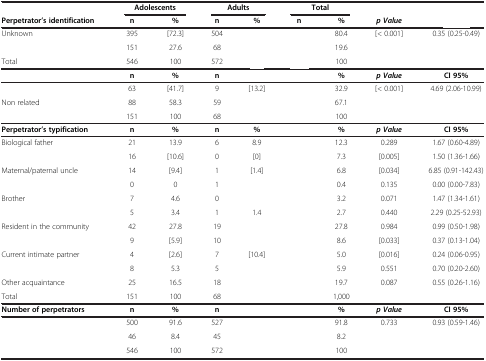
<table><thead><tr><td>[EMPTY_CELL]</td><td colspan="2"><b>Adolescents</b></td><td colspan="2"><b>Adults</b></td><td colspan="2"><b>Total</b></td><td>[EMPTY_CELL]</td><td>[EMPTY_CELL]</td></tr><tr><td><b>Perpetrator’s identification</b></td><td><b>n</b></td><td><b>%</b></td><td><b>n</b></td><td><b>%</b></td><td><b>n</b></td><td><b>%</b></td><td><b><i>p Value</i></b></td><td>[EMPTY_CELL]</td></tr></thead><tbody><tr><td>Unknown</td><td>395</td><td>[72.3]</td><td>504</td><td>[EMPTY_CELL]</td><td>[EMPTY_CELL]</td><td>80.4</td><td>[&lt; 0.001]</td><td>0.35 (0.25-0.49)</td></tr><tr><td>[EMPTY_CELL]</td><td>151</td><td>27.6</td><td>68</td><td>[EMPTY_CELL]</td><td>[EMPTY_CELL]</td><td>19.6</td><td>[EMPTY_CELL]</td><td>[EMPTY_CELL]</td></tr><tr><td>Total</td><td>546</td><td>100</td><td>572</td><td>[EMPTY_CELL]</td><td>[EMPTY_CELL]</td><td>100</td><td>[EMPTY_CELL]</td><td>[EMPTY_CELL]</td></tr><tr><td>[EMPTY_CELL]</td><td><b>n</b></td><td><b>%</b></td><td><b>n</b></td><td>[EMPTY_CELL]</td><td>[EMPTY_CELL]</td><td><b>%</b></td><td><b><i>p Value</i></b></td><td><b>CI 95%</b></td></tr><tr><td>[EMPTY_CELL]</td><td>63</td><td>[41.7]</td><td>9</td><td>[13.2]</td><td>[EMPTY_CELL]</td><td>32.9</td><td>[&lt; 0.001]</td><td>4.69 (2.06-10.99)</td></tr><tr><td>Non related</td><td>88</td><td>58.3</td><td>59</td><td>[EMPTY_CELL]</td><td>[EMPTY_CELL]</td><td>67.1</td><td>[EMPTY_CELL]</td><td>[EMPTY_CELL]</td></tr><tr><td>[EMPTY_CELL]</td><td>151</td><td>100</td><td>68</td><td>[EMPTY_CELL]</td><td>[EMPTY_CELL]</td><td>100</td><td>[EMPTY_CELL]</td><td>[EMPTY_CELL]</td></tr><tr><td><b>Perpetrator’s typification</b></td><td><b>n</b></td><td><b>%</b></td><td><b>n</b></td><td><b>%</b></td><td>[EMPTY_CELL]</td><td><b>%</b></td><td><b><i>p Value</i></b></td><td><b>CI 95%</b></td></tr><tr><td>Biological father</td><td>21</td><td>13.9</td><td>6</td><td>8.9</td><td>[EMPTY_CELL]</td><td>12.3</td><td>0.289</td><td>1.67 (0.60-4.89)</td></tr><tr><td>[EMPTY_CELL]</td><td>16</td><td>[10.6]</td><td>0</td><td>[0]</td><td>[EMPTY_CELL]</td><td>7.3</td><td>[0.005]</td><td>1.50 (1.36-1.66)</td></tr><tr><td>Maternal/paternal uncle</td><td>14</td><td>[9.4]</td><td>1</td><td>[1.4]</td><td>[EMPTY_CELL]</td><td>6.8</td><td>[0.034]</td><td>6.85 (0.91-142.43)</td></tr><tr><td>[EMPTY_CELL]</td><td>0</td><td>0</td><td>1</td><td>[EMPTY_CELL]</td><td>[EMPTY_CELL]</td><td>0.4</td><td>0.135</td><td>0.00 (0.00-7.83)</td></tr><tr><td>Brother</td><td>7</td><td>4.6</td><td>0</td><td>[EMPTY_CELL]</td><td>[EMPTY_CELL]</td><td>3.2</td><td>0.071</td><td>1.47 (1.34-1.61)</td></tr><tr><td>[EMPTY_CELL]</td><td>5</td><td>3.4</td><td>1</td><td>1.4</td><td>[EMPTY_CELL]</td><td>2.7</td><td>0.440</td><td>2.29 (0.25-52.93)</td></tr><tr><td>Resident in the community</td><td>42</td><td>27.8</td><td>19</td><td>[EMPTY_CELL]</td><td>[EMPTY_CELL]</td><td>27.8</td><td>0.984</td><td>0.99 (0.50-1.98)</td></tr><tr><td>[EMPTY_CELL]</td><td>9</td><td>[5.9]</td><td>10</td><td>[EMPTY_CELL]</td><td>[EMPTY_CELL]</td><td>8.6</td><td>[0.033]</td><td>0.37 (0.13-1.04)</td></tr><tr><td>Current intimate partner</td><td>4</td><td>[2.6]</td><td>7</td><td>[10.4]</td><td>[EMPTY_CELL]</td><td>5.0</td><td>[0.016]</td><td>0.24 (0.06-0.95)</td></tr><tr><td>[EMPTY_CELL]</td><td>8</td><td>5.3</td><td>5</td><td>[EMPTY_CELL]</td><td>[EMPTY_CELL]</td><td>5.9</td><td>0.551</td><td>0.70 (0.20-2.60)</td></tr><tr><td>Other acquaintance</td><td>25</td><td>16.5</td><td>18</td><td>[EMPTY_CELL]</td><td>[EMPTY_CELL]</td><td>19.7</td><td>0.087</td><td>0.55 (0.26-1.16)</td></tr><tr><td>Total</td><td>151</td><td>100</td><td>68</td><td>[EMPTY_CELL]</td><td>[EMPTY_CELL]</td><td>1,000</td><td>[EMPTY_CELL]</td><td>[EMPTY_CELL]</td></tr><tr><td><b>Number of perpetrators</b></td><td><b>n</b></td><td><b>%</b></td><td><b>n</b></td><td>[EMPTY_CELL]</td><td>[EMPTY_CELL]</td><td><b>%</b></td><td><b><i>p Value</i></b></td><td><b>CI 95%</b></td></tr><tr><td>[EMPTY_CELL]</td><td>500</td><td>91.6</td><td>527</td><td>[EMPTY_CELL]</td><td>[EMPTY_CELL]</td><td>91.8</td><td>0.733</td><td>0.93 (0.59-1.46)</td></tr><tr><td>[EMPTY_CELL]</td><td>46</td><td>8.4</td><td>45</td><td>[EMPTY_CELL]</td><td>[EMPTY_CELL]</td><td>8.2</td><td>[EMPTY_CELL]</td><td>[EMPTY_CELL]</td></tr><tr><td>[EMPTY_CELL]</td><td>546</td><td>100</td><td>572</td><td>[EMPTY_CELL]</td><td>[EMPTY_CELL]</td><td>100</td><td>[EMPTY_CELL]</td><td>[EMPTY_CELL]</td></tr></tbody></table>